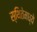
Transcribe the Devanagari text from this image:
स्थितेमध्ये